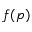
f ( p )